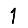
Digit: 1